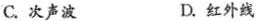
C.次声波 D.红外线